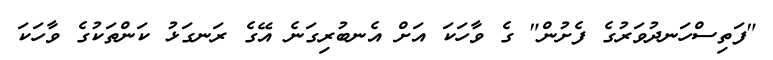
"ފަތިސްހަނދުވަރުގެ ފެށުން" ގެ ވާހަކަ އަށް އެނބުރިގަނެ އޭގެ ރަނގަޅު ކަންތަކުގެ ވާހަކަ